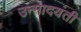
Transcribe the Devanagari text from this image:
उन्मादयंती